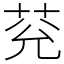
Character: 𦮀